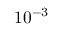
1 0 ^ { - 3 }